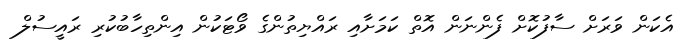
އެކަން ވަރަށް ސާފުކޮށް ފެންނަން އޮތް ކަމަށާއި ރައްޔިތުންގެ ވޯޓަކުން އިންތިހާބުކުރި ރައީސުލް